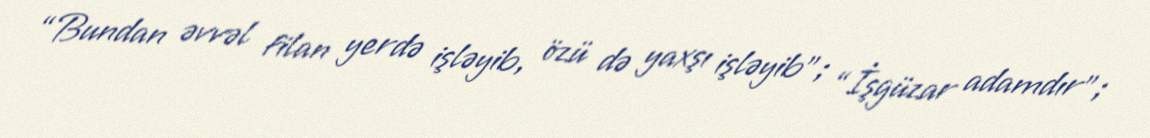
“Bundan əvvəl filan yerdə işləyib, özü də yaxşı işləyib”; “İşgüzar adamdır”;